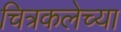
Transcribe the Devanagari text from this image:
चित्रकलेच्‍या